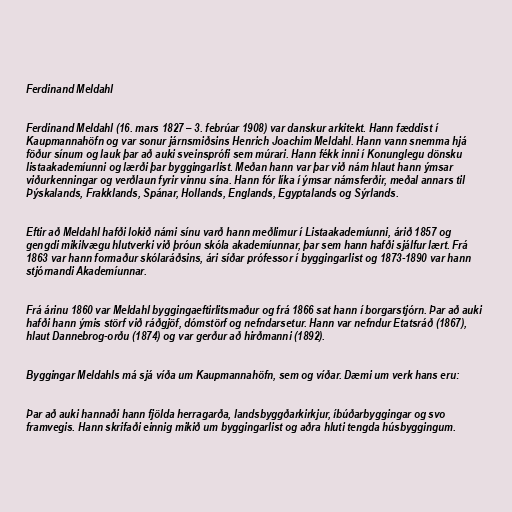
Ferdinand Meldahl

Ferdinand Meldahl (16. mars 1827 – 3. febrúar 1908) var danskur arkitekt. Hann fæddist í
Kaupmannahöfn og var sonur járnsmiðsins Henrich Joachim Meldahl. Hann vann snemma hjá
föður sínum og lauk þar að auki sveinsprófi sem múrari. Hann fékk inni í Konunglegu dönsku
listaakademíunni og lærði þar byggingarlist. Meðan hann var þar við nám hlaut hann ýmsar
viðurkenningar og verðlaun fyrir vinnu sína. Hann fór líka í ýmsar námsferðir, meðal annars til
Þýskalands, Frakklands, Spánar, Hollands, Englands, Egyptalands og Sýrlands.

Eftir að Meldahl hafði lokið námi sínu varð hann meðlimur í Listaakademíunni, árið 1857 og
gengdi mikilvægu hlutverki við þróun skóla akademíunnar, þar sem hann hafði sjálfur lært. Frá
1863 var hann formaður skólaráðsins, ári síðar prófessor í byggingarlist og 1873-1890 var hann
stjórnandi Akademíunnar.

Frá árinu 1860 var Meldahl byggingaeftirlitsmaður og frá 1866 sat hann í borgarstjórn. Þar að auki
hafði hann ýmis störf við ráðgjöf, dómstörf og nefndarsetur. Hann var nefndur Etatsráð (1867),
hlaut Dannebrog-orðu (1874) og var gerður að hirðmanni (1892).

Byggingar Meldahls má sjá víða um Kaupmannahöfn, sem og víðar. Dæmi um verk hans eru:

Þar að auki hannaði hann fjölda herragarða, landsbyggðarkirkjur, íbúðarbyggingar og svo
framvegis. Hann skrifaði einnig mikið um byggingarlist og aðra hluti tengda húsbyggingum.